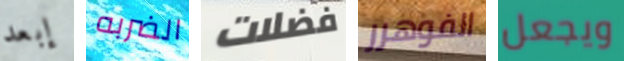
إبعد الضربه فضلات الفوهرر ويجعل